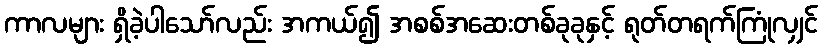
ကာလများ ရှိခဲ့ပါသော်လည်း အကယ်၍ အစစ်အဆေးတစ်ခုခုနှင့် ရုတ်တရက်ကြုံလျှင်